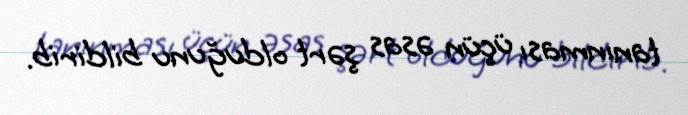
tanınması üçün əsas şərt olduğunu bildirib.